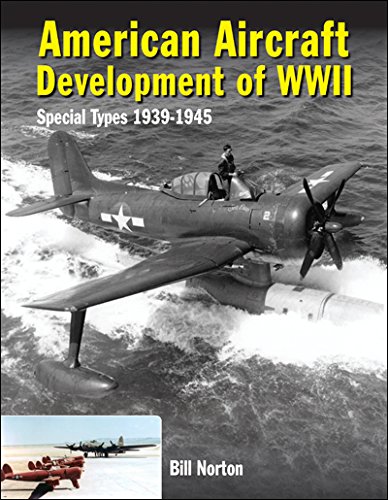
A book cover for American Aircraft Development of WWII; William Norton; History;